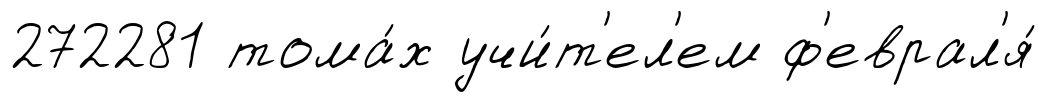
272281 тома́х учи́т'ел'ем ф'еврал'я́